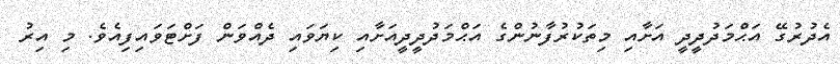
އެދުރުގޭ އަޙްމަދުދީދީ އަށާއި މިތަކުރުފާނުންގެ އަޙްމަދުދީދީއަށާއި ކިޔަވައި ދެއްވަން ފަށްޓަވައިފިއެވެ. މި އިރު